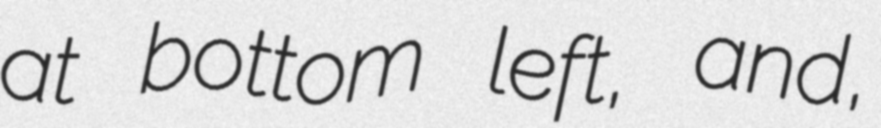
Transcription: at bottom left, and,